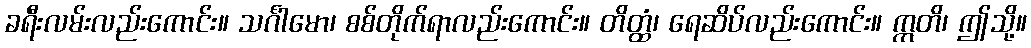
ခရီးလမ်းလည်းကောင်း။ သင်္ဂါမော၊ စစ်တိုက်ရာလည်းကောင်း။ တိတ္ထံ၊ ရေဆိပ်လည်းကောင်း။ ဣတိ၊ ဤသို့။